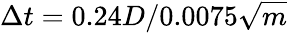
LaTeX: \Delta t=0.24D/0.0075\sqrt{m}